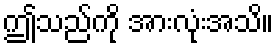
ဤသည်ကို အားလုံးအသိ။